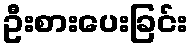
ဦးစားပေးခြင်း